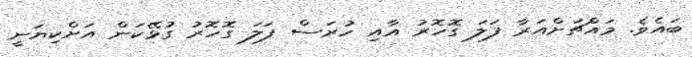
ބައެވެ. މައްޗަށްއަރާ ފަލަ ގޮހޮރު އާއި ހުރަސް ފަލަ ގޮހޮރު ގުޅޭކަން އަށްކިޔަނީ